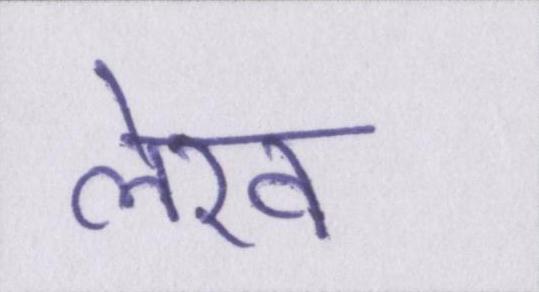
लेख